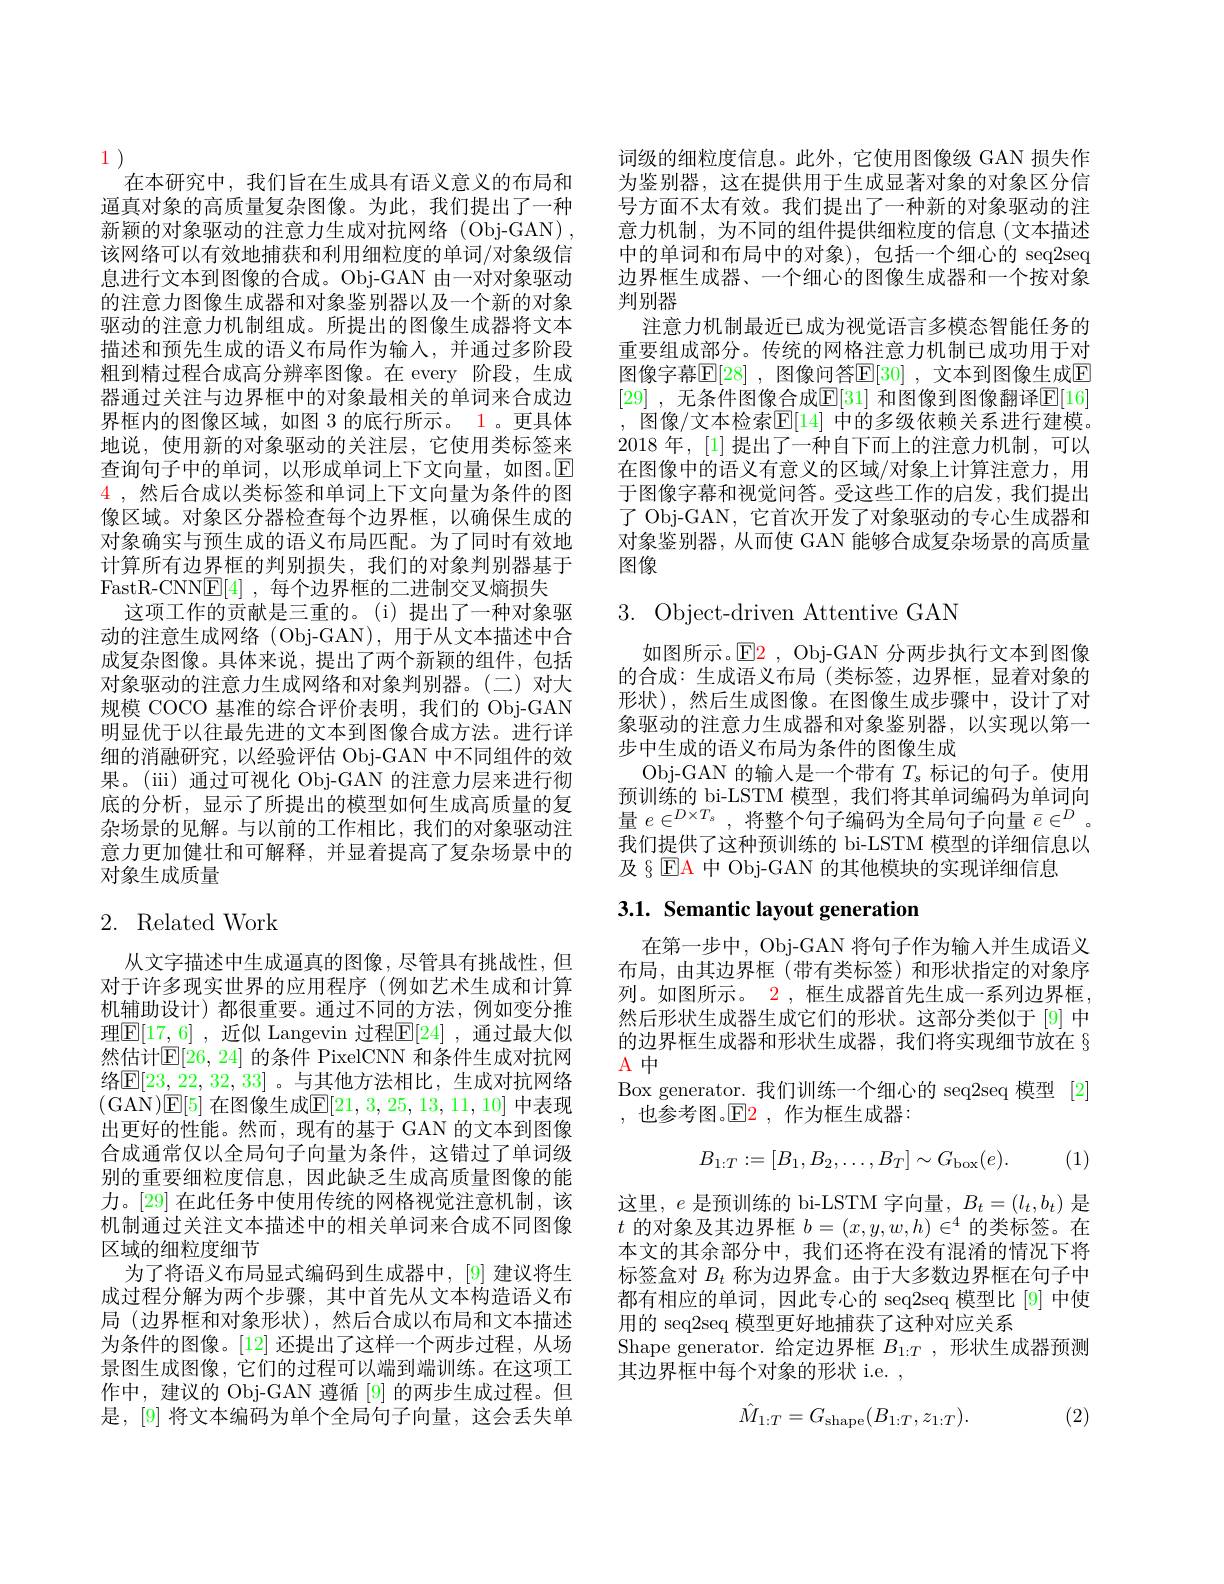
11)
在本研究中，我们旨在生成具有语义意义的布局和逼真对象的高质量复杂图像。为此，我们提出了一种新颖的对象驱动的注意力生成对抗网络(Obj-GAN), 该网络可以有效地捕获和利用细粒度的单词/对象级信息进行文本到图像的合成。Obj-GAN 由一对对象驱动的注意力图像生成器和对象鉴别器以及一个新的对象驱动的注意力机制组成。所提出的图像生成器将文本描述和预先生成的语义布局作为输入，并通过多阶段粗到精过程合成高分辨率图像。在 every 阶段，生成器通过关注与边界框中的对象最相关的单词来合成边界框内的图像区域，如图 3 的底行所示。1 。更具体地说，使用新的对象驱动的关注层，它使用类标签来查询句子中的单词，以形成单词上下文向量，如图。$\mathbb{E}$ $\color{red}{4}$ ,然后合成以类标签和单词上下文向量为条件的图像区域。对象区分器检查每个边界框，以确保生成的对象确实与预生成的语义布局匹配。为了同时有效地计算所有边界框的判别损失，我们的对象判别器基于FastR-CNN$\underline{\mathrm{E}}[4]$ ,每个边界框的二进制交叉熵损失
这项工作的贡献是三重的。(i)提出了一种对象驱动的注意生成网络(Obj-GAN),用于从文本描述中合成复杂图像。具体来说，提出了两个新颖的组件，包括对象驱动的注意力生成网络和对象判别器。(二)对大规模 COCO 基准的综合评价表明，我们的 Obj-GAN 明显优于以往最先进的文本到图像合成方法。进行详细的消融研究，以经验评估 Obj-GAN 中不同组件的效果。(iii) 通过可视化 Obj-GAN 的注意力层来进行彻底的分析，显示了所提出的模型如何生成高质量的复杂场景的见解。与以前的工作相比，我们的对象驱动注意力更加健壮和可解释，并显着提高了复杂场景中的对象生成质量

## 2. Related Work

从文字描述中生成逼真的图像，尽管具有挑战性，但对于许多现实世界的应用程序(例如艺术生成和计算机辅助设计)都很重要。通过不同的方法，例如变分推理$\mathbb{E}[17,6]$ ,近似 Langevin 过程$\mathbb{E}[24]$ ,通过最大似然估计$\mathbb{E}[26$, 24] 的条件 PixelCNN 和条件生成对抗网络$\boxed{\mathrm{E}}[23,22,32,33]$ 。与其他方法相比，生成对抗网络(GAN)E[5] 在图像生成$\mathbb{E}[21,3,25,13,11,10]$ 中表现出更好的性能。然而，现有的基于 GAN 的文本到图像合成通常仅以全局句子向量为条件，这错过了单词级别的重要细粒度信息，因此缺乏生成高质量图像的能力。[29] 在此任务中使用传统的网格视觉注意机制，该机制通过关注文本描述中的相关单词来合成不同图像区域的细粒度细节
为了将语义布局显式编码到生成器中，[9] 建议将生成过程分解为两个步骤，其中首先从文本构造语义布局 (边界框和对象形状),然后合成以布局和文本描述为条件的图像。[12] 还提出了这样一个两步过程，从场景图生成图像，它们的过程可以端到端训练。在这项工作中，建议的 Obj-GAN 遵循[9]的两步生成过程。但是，[9] 将文本编码为单个全局句子向量，这会丢失单

词级的细粒度信息。此外，它使用图像级 GAN 损失作为鉴别器，这在提供用于生成显著对象的对象区分信号方面不太有效。我们提出了一种新的对象驱动的注意力机制，为不同的组件提供细粒度的信息(文本描述中的单词和布局中的对象),包括一个细心的 seq2seq 边界框生成器、一个细心的图像生成器和一个按对象判别器
注意力机制最近已成为视觉语言多模态智能任务的重要组成部分。传统的网格注意力机制已成功用于对图像字幕$\mathbb{E}[28]$ ,图像问答$\mathbb{E}[30]$ ,文本到图像生成$\mathbb{E}$ [29] ,无条件图像合成$\mathbb{E}[31]$ 和图像到图像翻译$\mathbb{E}[16]$ , 图像/文本检索$\mathbb{E}[14]$ 中的多级依赖关系进行建模。2018 年，[1] 提出了一种自下而上的注意力机制，可以在图像中的语义有意义的区域/对象上计算注意力，用于图像字幕和视觉问答。受这些工作的启发，我们提出了 Obj-GAN, 它首次开发了对象驱动的专心生成器和对象鉴别器，从而使 GAN 能够合成复杂场景的高质量图像

## 3. Object-driven Attentive GAN

如图所示。$\mathbb{E}\color{red}2$, Obj-GAN 分两步执行文本到图像的合成：生成语义布局(类标签，边界框，显着对象的形状),然后生成图像。在图像生成步骤中，设计了对象驱动的注意力生成器和对象鉴别器，以实现以第一步中生成的语义布局为条件的图像生成
Obj-GAN 的输入是一个带有$T_\mathrm{s}$标记的句子。使用预训练的 bi-LSTM 模型，我们将其单词编码为单词向量$e\in^{D\times T_{s}}$,将整个句子编码为全局句子向量$\bar{e}\in^D$。我们提供了这种预训练的 bi-LSTM 模型的详细信息以及§$\operatorname{EA}$中 Obj-GAN 的其他模块的实现详细信息

# 3.1. Semantic layout generation

在第一步中，Obj-GAN 将句子作为输入并生成语义布局，由其边界框(带有类标签)和形状指定的对象序列。如图所示。$\color{red}2$, 框生成器首先生成一系列边界框， 然后形状生成器生成它们的形状。这部分类似于[9]中的边界框生成器和形状生成器，我们将实现细节放在 § $A中$
Box generator. 我们训练一个细心的 seq2seq 模型 [2]
,也参考图。$\mathbb{E}\color{red}2$,作为框生成器：
$$B_{1:T}:=[B_1,B_2,\ldots,B_T]\sim G_{\mathrm{box}}(e).$$
(1)

这里，$e$是预训练的 bi-LSTM 字向量，$B_t=(l_t,b_t)$是$t$的对象及其边界框$b=(x,y,w,h)\in^4$的类标签。在本文的其余部分中，我们还将在没有混淆的情况下将标签盒对$B_t$称为边界盒。由于大多数边界框在句子中都有相应的单词，因此专心的 seq2seq 模型比[9] 中使用的 seq2seq 模型更好地捕获了这种对应关系
Shape generator. 给定边界框$B_{1:T}$,形状生成器预测
$\dot{\text{其边界框中每个对象的形状 i.e.}}$,
$$\hat{M}_{1:T}=G_{\mathrm{shape}}(B_{1:T},z_{1:T}).$$
(2)